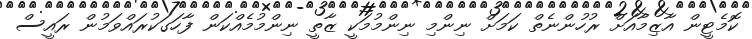
ކޮމެޓީން އާޒިމާއަށް ރުހުންނެތް ކަމަށް ނިންމި ނިންމުމަކީ ޒާތީ ނިންމުމެއްކަން ފާހަގަކުރައްވަމުން ރައީސް